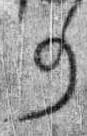
事